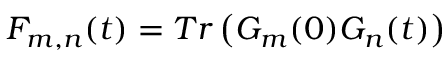
{ { F } _ { m , n } } ( t ) = T r \left( { { G } _ { m } ( 0 ) } { { G } _ { n } } ( t ) \right)